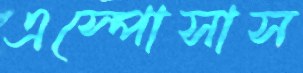
এস্পোসাস